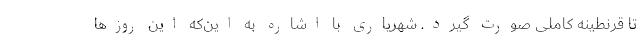
تا قرنطینه کاملی صورت گیرد. شهریاری با اشاره به این‌‌که این روزها